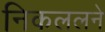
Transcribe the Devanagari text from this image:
निकललने